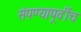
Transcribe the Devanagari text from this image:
संपण्यापूर्वीच